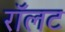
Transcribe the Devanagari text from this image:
रॉलट